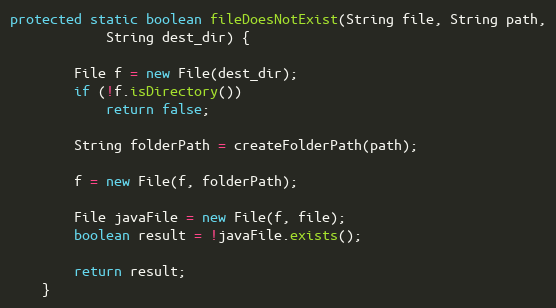
Language: Java
protected static boolean fileDoesNotExist(String file, String path,
            String dest_dir) {

        File f = new File(dest_dir);
        if (!f.isDirectory())
            return false;

        String folderPath = createFolderPath(path);

        f = new File(f, folderPath);

        File javaFile = new File(f, file);
        boolean result = !javaFile.exists();

        return result;
    }